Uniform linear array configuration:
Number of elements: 32
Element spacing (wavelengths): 0.75
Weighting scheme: binomial
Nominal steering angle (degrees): -60
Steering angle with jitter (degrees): -60.304
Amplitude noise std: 0.05
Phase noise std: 0.05

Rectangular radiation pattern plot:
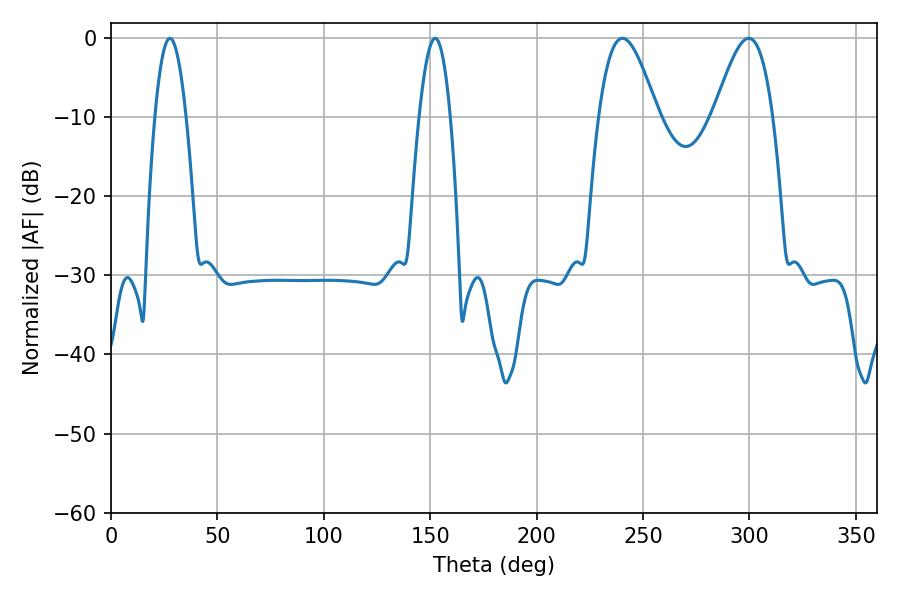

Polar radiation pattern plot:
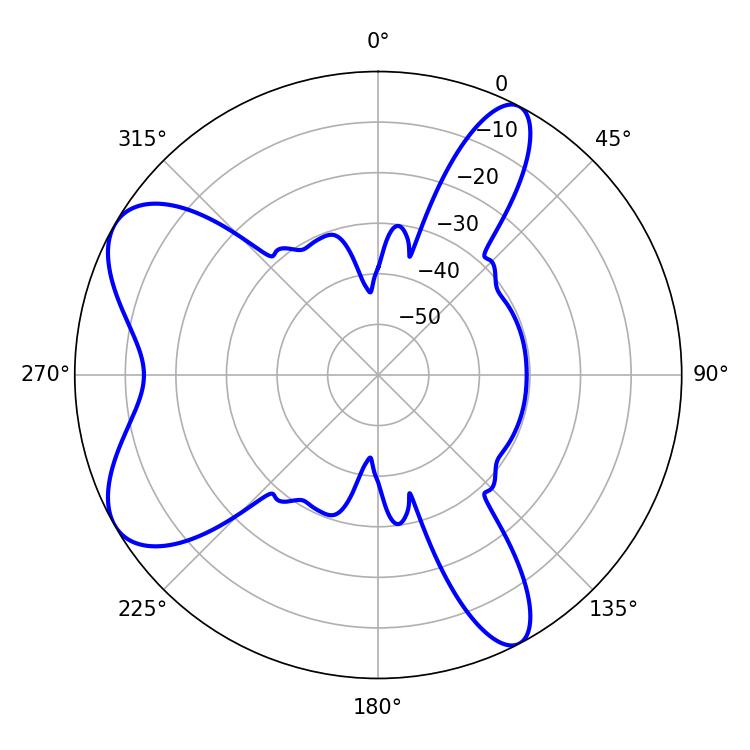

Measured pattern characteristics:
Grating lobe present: TRUE
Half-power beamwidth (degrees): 14.76
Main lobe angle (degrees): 240.3